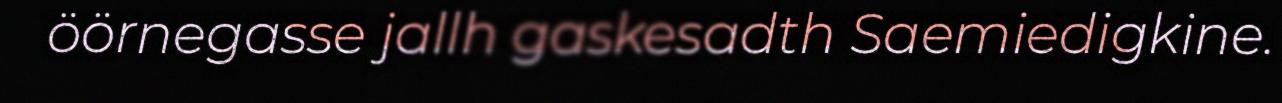
öörnegasse jallh gaskesadth Saemiedigkine.